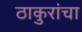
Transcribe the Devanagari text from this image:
ठाकुरांचा